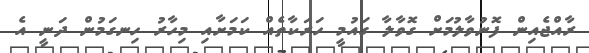
ރާއްޖެއިން ފޮނުވާލުމަށް ގޮވާލާ ގައުމީ ހަރަކާތެއް ކަމަށާއި މިހާރު ހިނގަމުން ދަނީ އެ